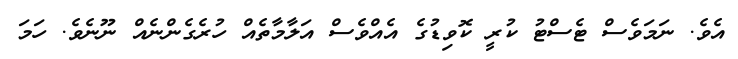
އެވެ. ނަމަވެސް ޓެސްޓު ކުރީ ކޮވިޑުގެ އެއްވެސް އަލާމާތެއް ހުރެގެންނެއް ނޫނެވެ. ހަމަ